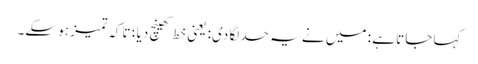
کہا جاتا ہے : میں نے یہ حد لگا دی: یعنی خط کھینچ دیا؛ تاکہ تمیز ہو سکے۔